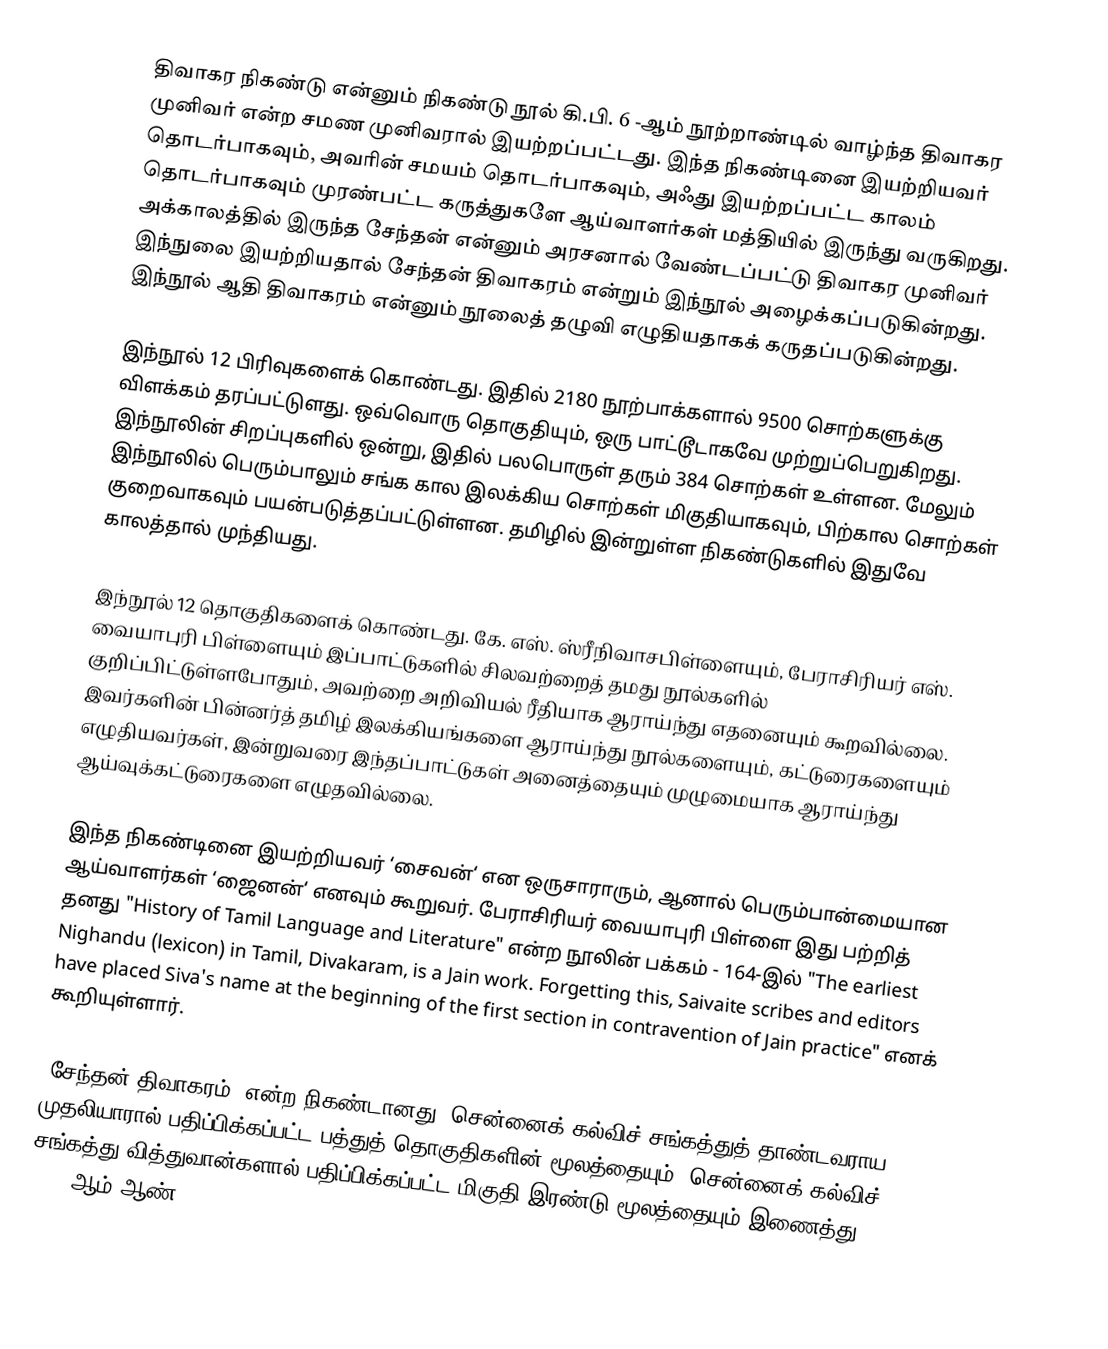
திவாகர நிகண்டு என்னும் நிகண்டு நூல் கி.பி. 6 -ஆம் நூற்றாண்டில் வாழ்ந்த திவாகர முனிவர் என்ற சமண முனிவரால் இயற்றப்பட்டது. இந்த நிகண்டினை இயற்றியவர் தொடர்பாகவும், அவரின் சமயம் தொடர்பாகவும், அஃது இயற்றப்பட்ட காலம் தொடர்பாகவும் முரண்பட்ட கருத்துகளே ஆய்வாளர்கள் மத்தியில் இருந்து வருகிறது. அக்காலத்தில் இருந்த சேந்தன் என்னும் அரசனால் வேண்டப்பட்டு திவாகர முனிவர் இந்நுலை இயற்றியதால் சேந்தன் திவாகரம் என்றும் இந்நூல் அழைக்கப்படுகின்றது. இந்நூல் ஆதி திவாகரம் என்னும் நூலைத் தழுவி எழுதியதாகக் கருதப்படுகின்றது.

இந்நூல் 12 பிரிவுகளைக் கொண்டது. இதில் 2180 நூற்பாக்களால் 9500 சொற்களுக்கு விளக்கம் தரப்பட்டுளது. ஒவ்வொரு தொகுதியும், ஒரு பாட்டூடாகவே முற்றுப்பெறுகிறது. இந்நூலின் சிறப்புகளில் ஒன்று, இதில் பலபொருள் தரும் 384 சொற்கள் உள்ளன. மேலும் இந்நூலில் பெரும்பாலும் சங்க கால இலக்கிய சொற்கள் மிகுதியாகவும், பிற்கால சொற்கள் குறைவாகவும் பயன்படுத்தப்பட்டுள்ளன. தமிழில் இன்றுள்ள நிகண்டுகளில் இதுவே காலத்தால் முந்தியது.

இந்நூல் 12 தொகுதிகளைக் கொண்டது. கே. எஸ். ஸ்ரீநிவாசபிள்ளையும், பேராசிரியர் எஸ். வையாபுரி பிள்ளையும் இப்பாட்டுகளில் சிலவற்றைத் தமது நூல்களில் குறிப்பிட்டுள்ளபோதும், அவற்றை அறிவியல் ரீதியாக ஆராய்ந்து எதனையும் கூறவில்லை. இவர்களின் பின்னர்த் தமிழ் இலக்கியங்களை ஆராய்ந்து நூல்களையும், கட்டுரைகளையும் எழுதியவர்கள், இன்றுவரை இந்தப்பாட்டுகள் அனைத்தையும் முழுமையாக ஆராய்ந்து ஆய்வுக்கட்டுரைகளை எழுதவில்லை.

இந்த நிகண்டினை இயற்றியவர் ‘சைவன்‘ என ஒருசாராரும், ஆனால் பெரும்பான்மையான ஆய்வாளர்கள் ‘ஜைனன்‘ எனவும் கூறுவர். பேராசிரியர் வையாபுரி பிள்ளை இது பற்றித் தனது "History of Tamil Language and Literature" என்ற நூலின் பக்கம் - 164-இல் "The earliest Nighandu (lexicon) in Tamil, Divakaram, is a Jain work. Forgetting this, Saivaite scribes and editors have placed Siva's name at the beginning of the first section in contravention of Jain practice" எனக் கூறியுள்ளார்.

‘சேந்தன் திவாகரம்’ என்ற நிகண்டானது, சென்னைக் கல்விச் சங்கத்துத் தாண்டவராய முதலியாரால் பதிப்பிக்கப்பட்ட பத்துத் தொகுதிகளின் மூலத்தையும், சென்னைக் கல்விச் சங்கத்து வித்துவான்களால் பதிப்பிக்கப்பட்ட மிகுதி இரண்டு மூலத்தையும் இணைத்து, 1923-ஆம் ஆண்